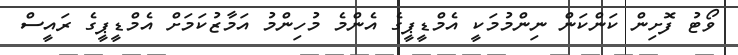
ވޯޓު ފޮށިން ކަންކަން ނިންމުމަކީ އެމްޑީޕީގެ އެންމެ މުހިންމު އަމާޒުކަމަށް އެމްޑީޕީގެ ރައީސް